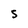
Character: S